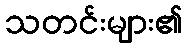
သတင်းများ၏